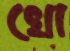
খো